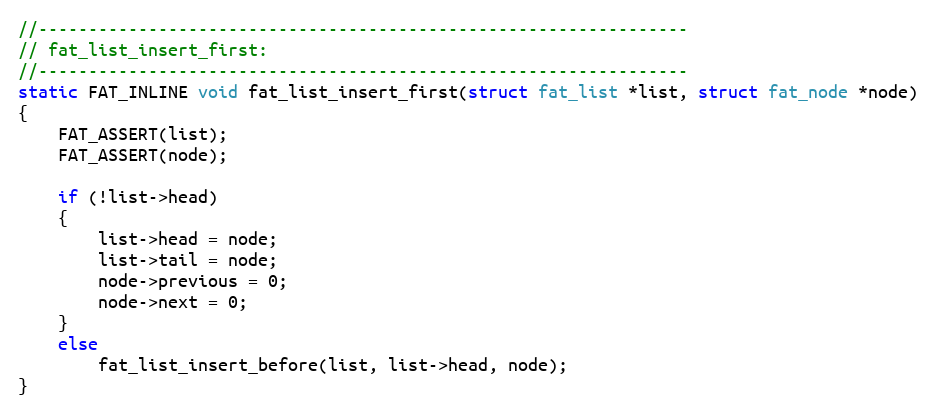
Language: C
//-----------------------------------------------------------------
// fat_list_insert_first:
//-----------------------------------------------------------------
static FAT_INLINE void fat_list_insert_first(struct fat_list *list, struct fat_node *node)
{
    FAT_ASSERT(list);
    FAT_ASSERT(node);

    if (!list->head)
    {
        list->head = node;
        list->tail = node;
        node->previous = 0;
        node->next = 0;
    }
    else
        fat_list_insert_before(list, list->head, node);
}